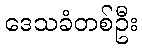
ဒေသခံတစ်ဦး